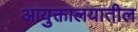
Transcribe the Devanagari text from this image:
आयुक्तालयातील